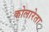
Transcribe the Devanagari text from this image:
कोलारेता